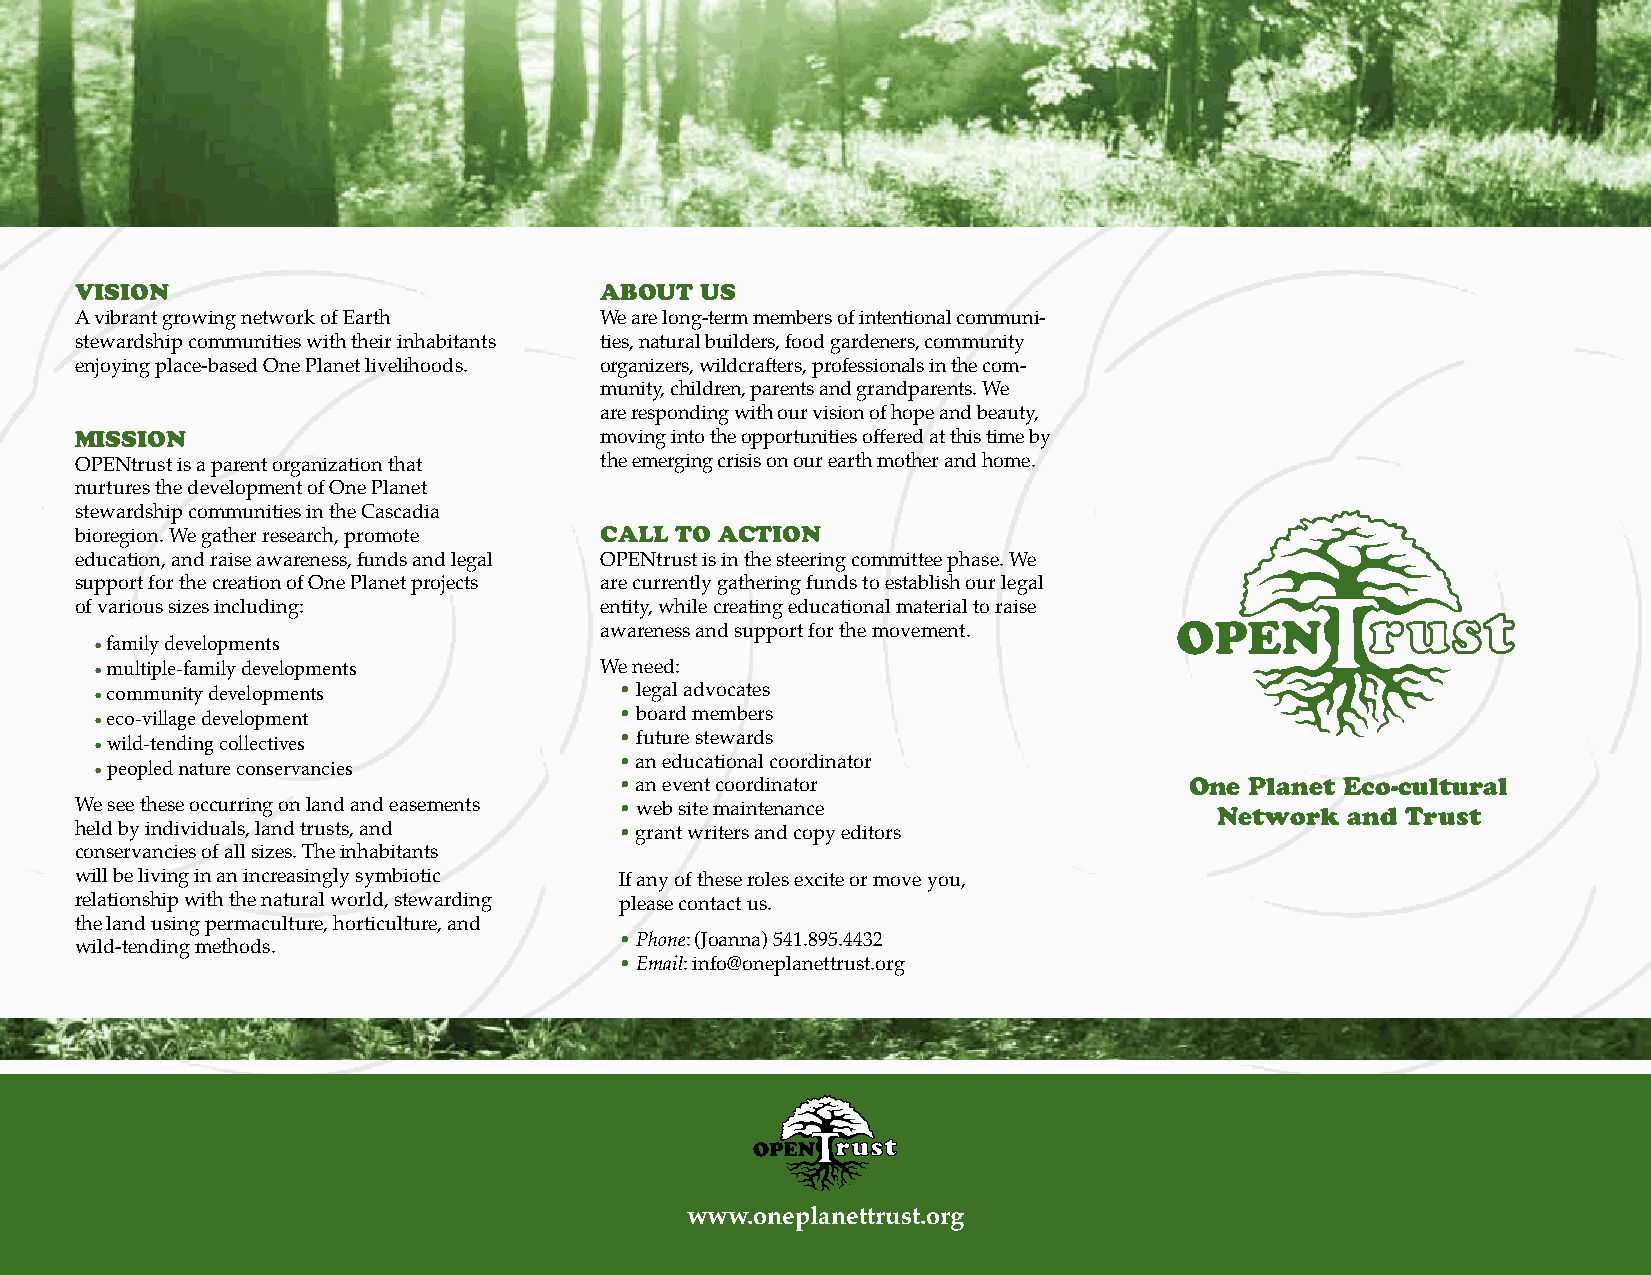
VisiON                             AbOuT us
 A vibrant growing network of Earth We are long-term members of intentional communi-
 stewardship communities with their inhabitants ties, natural builders, food gardeners, community
 enjoying place-based One Planet livelihoods. organizers, wildcrafters, professionals in the com-
 munity, children, parents and grandparents. We
 are responding with our vision of hope and beauty,
 MissiON                            moving into the opportunities offered at this time by
 OPENtrust is a parent organization that the emerging crisis on our earth mother and home.
 nurtures the development of One Planet
 stewardship communities in the Cascadia
 CAll TO ACTiON
 bioregion. We gather research, promote
 education, and raise awareness, funds and legal OPENtrust is in the steering committee phase. We
 support for the creation of One Planet projects are currently gathering funds to establish our legal
 of various sizes including:        entity, while creating educational material to raise
 awareness and support for the movement.
 • family developments
 • multiple-family developments    We need:
 • community developments           • legal advocates
 • eco-village development          • board members
 • wild-tending collectives         • future stewards
 • peopled nature conservancies     • an educational coordinator
 • an event coordinator                One Planet Eco-cultural
 We see these occurring on land and easements • web site maintenance         Network and Trust
 held by individuals, land trusts, and • grant writers and copy editors
 conservancies of all sizes. The inhabitants
 will be living in an increasingly symbiotic If any of these roles excite or move you,
 relationship with the natural world, stewarding please contact us.
 the land using permaculture, horticulture, and
 • Phone: (Joanna) 541.895.4432
 wild-tending methods.
 • Email: info@oneplanettrust.org
 www.oneplanettrust.org